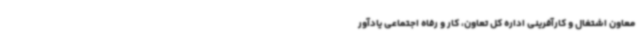
معاون اشتغال و کارآفرینی اداره کل تعاون، کار و رفاه اجتماعی یادآور